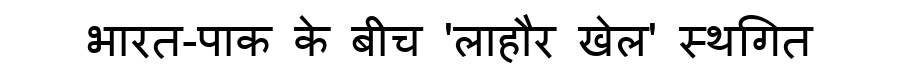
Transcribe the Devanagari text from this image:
भारत-पाक के बीच 'लाहौर खेल' स्थगित